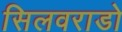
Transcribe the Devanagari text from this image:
सिलवराडो